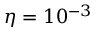
\eta = 1 0 ^ { - 3 }